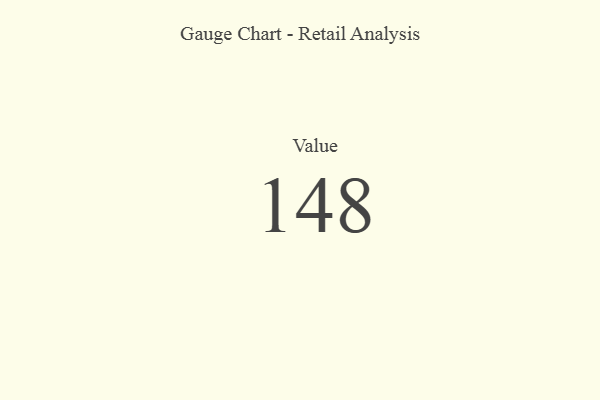
{"axis": {"x": "Metric", "y": "Value"}, "legend": [""], "data": [{"x": "Value", "y": 148, "type": ""}]}